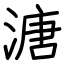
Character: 溏